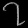
Digit: ၇